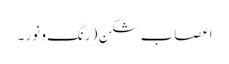
اعصاب شکن (رنگ و نور ۔